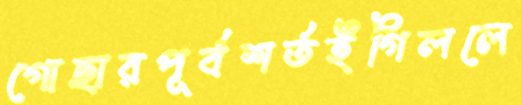
গোছারপূর্বশর্তইগিললে